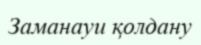
Заманауи қолдану